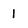
Character: 1